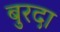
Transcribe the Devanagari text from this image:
बुरदा